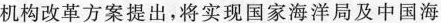
机构改革方案提出，将实现国家海洋局及中国海